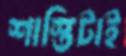
শাস্তিটাই